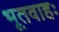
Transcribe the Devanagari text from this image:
भूतवाहः